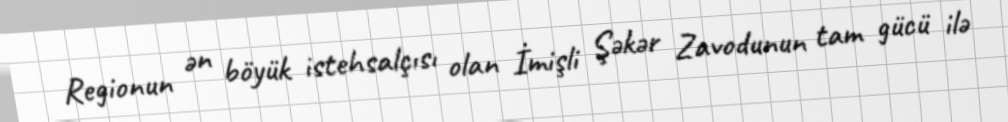
Regionun ən böyük istehsalçısı olan İmişli Şəkər Zavodunun tam gücü ilə